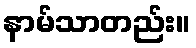
နာမ်သာတည်း။